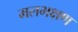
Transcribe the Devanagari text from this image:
मलभक्षण